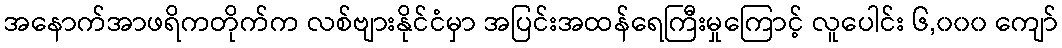
အနောက်အာဖရိကတိုက်က လစ်ဗျားနိုင်ငံမှာ အပြင်းအထန်ရေကြီးမှုကြောင့် လူပေါင်း ၆,၀၀၀ ကျော်